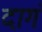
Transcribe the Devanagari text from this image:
दागं